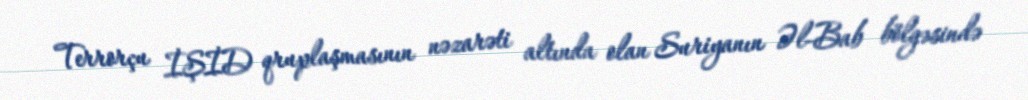
Terrorçu İŞİD qruplaşmasının nəzarəti altında olan Suriyanın Əl-Bab bölgəsində